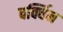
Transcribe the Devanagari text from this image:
बर्क्विन